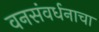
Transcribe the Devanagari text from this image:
वनसंवर्धनाचा